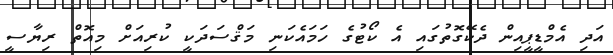
އަދި އެމްޑީޕީއިން ދެކޭގޮތުގައި އެ ކޯޓުގެ ހަމައެކަނި މަޤްސަދަކީ ކުރިއަށް މިއޮތް ރިޔާސީ